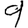
Digit: 9